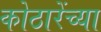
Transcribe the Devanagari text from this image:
कोठारेंच्या